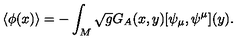
\langle \phi ( x ) \rangle = - \int _ { M } \sqrt { g } G _ { A } ( x , y ) [ \psi _ { \mu } , \psi ^ { \mu } ] ( y ) .